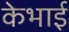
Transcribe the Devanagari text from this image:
केभाई